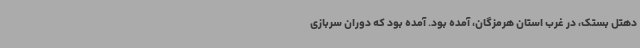
دهتل بستک، در غرب استان هرمزگان، آمده بود. آمده بود که دوران سربازی